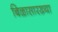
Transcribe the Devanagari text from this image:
बिळासारख्या